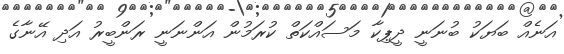
އަނެއް ބަޔަކު ބުނަނީ ދީޕިކާ މަސައްކަތް ކުރަމުން އަންނަނީ ރަންބީރު އަދި އޭނާގެ